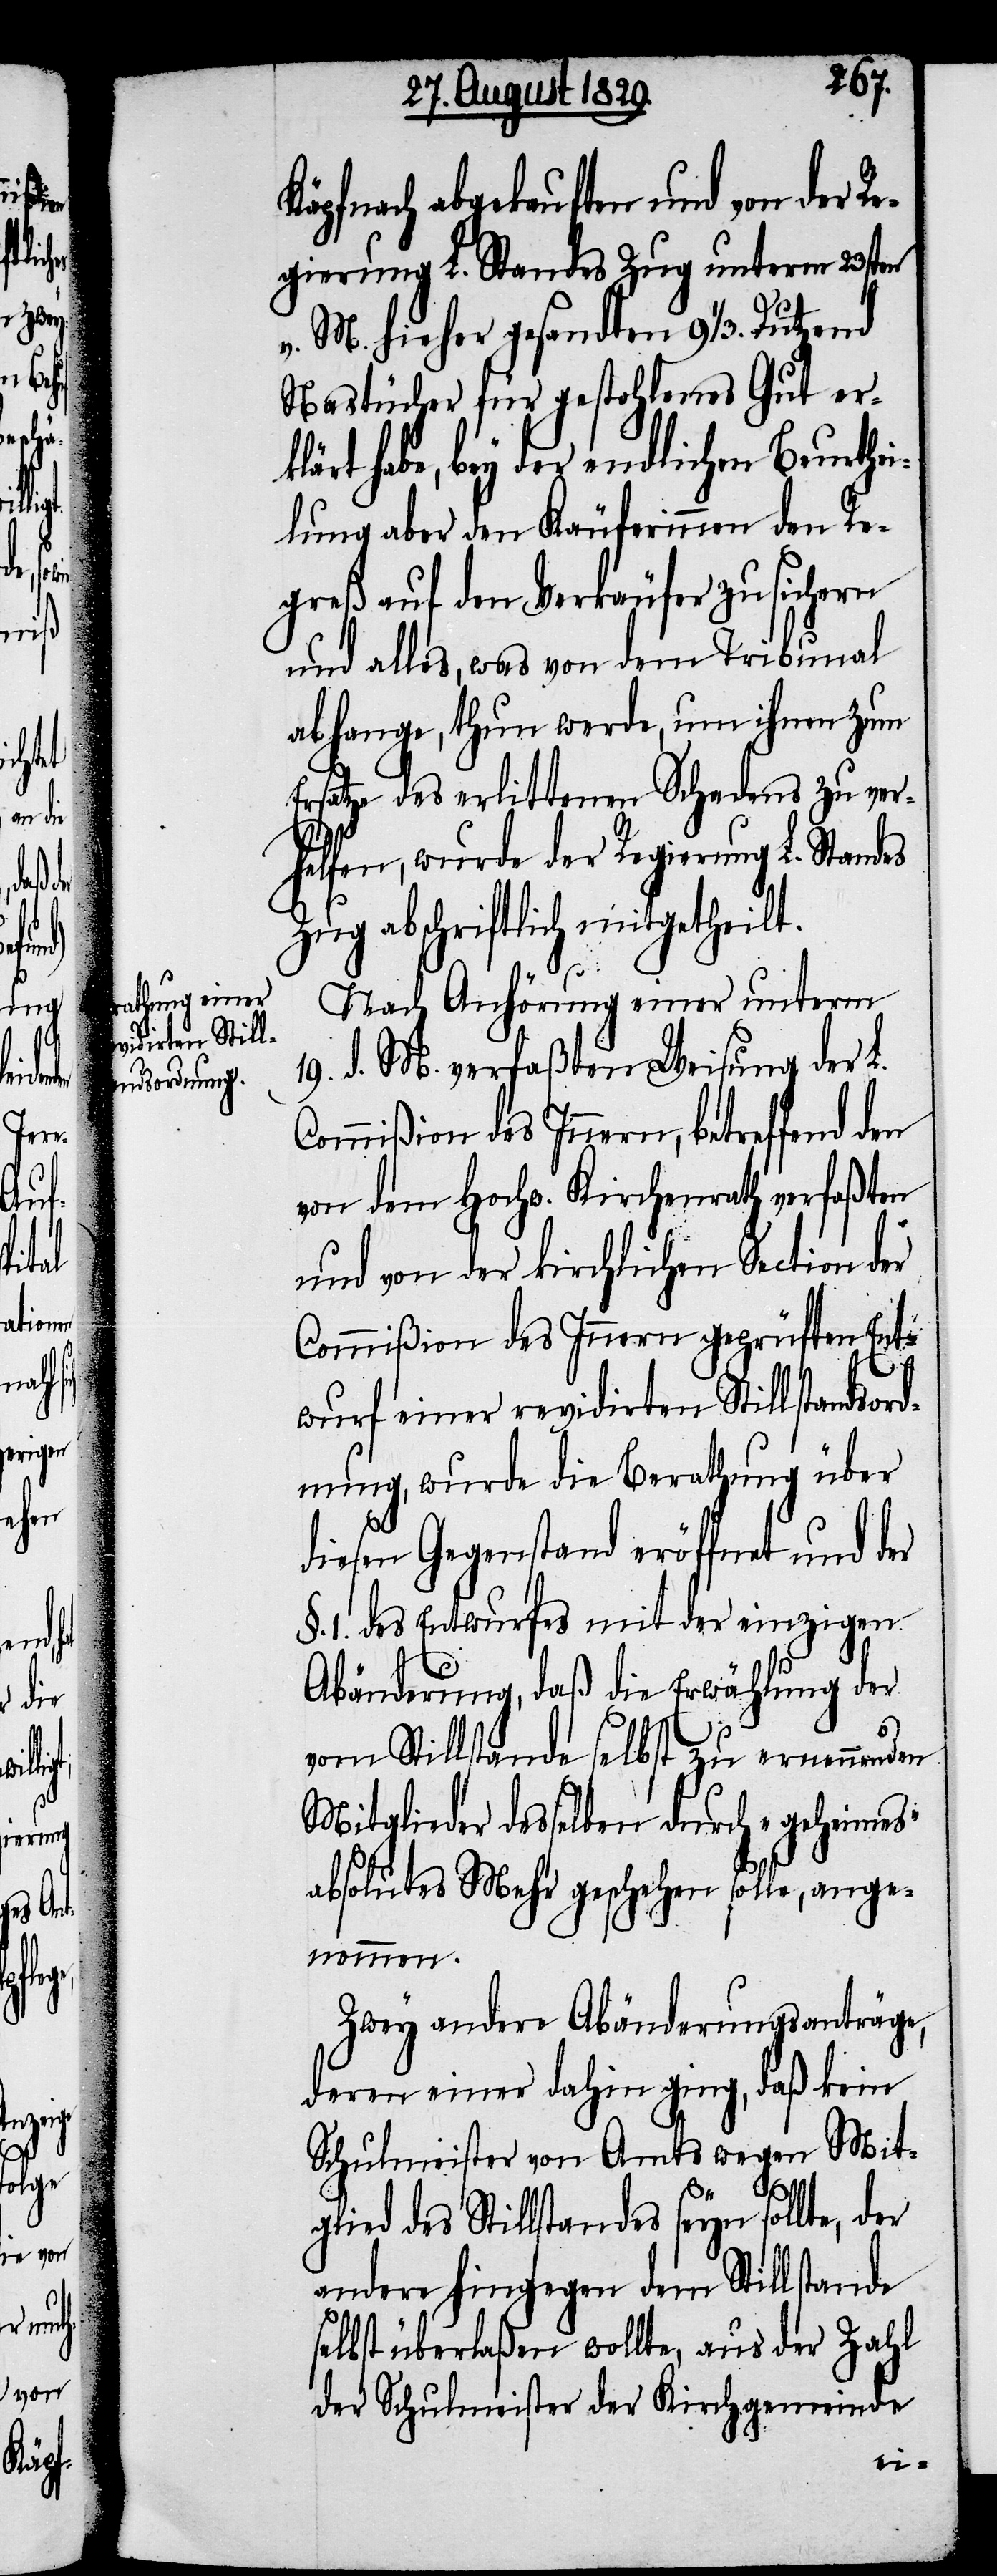
Käpfnach abgekauften und von der Re¬
gierung L. Standes Zug unterm 23sten
v. M. hieher gesandten 9 ⅓. Dutzend
Nastücher für gestohlenes Gut erk¬
lärt habe, bey der endlichen Beurthei¬
lung aber den Käuferinnen den Re¬
greß auf den Verkäufer zu sichern
und alles, was von dem Tribunal
abhange, thun werde, um ihnen zum
Ersatze des erlittenen Schadens zu ver¬
helfen, wurde der Regierung L. Standes
Zug abschriftlich mitgetheilt.
Nach Anhörung einer unterm
19. d. M. verfaßten Weisung der L.
Commißion des Innern, betreffend den
von dem Hochw. Kirchenrath verfaßten
und von der kirchlichen Section der
Commißion des Innern geprüften Ent¬
wurf einer revidirten Stillstandsord¬
nung, wurde die Berathung über
diesen Gegenstand eröffnet und der
§. 1. des Entwurfes mit der einzigen
Abänderung, daß die Erwählung der
vom Stillstande selbst zu ernennenden
Mitglieder desselben durch „geheimes“
absolutes Mehr geschehen solle, ange¬
nommen.
Zwey andere Abänderungsanträge,
deren einer dahin ging, daß kein
Schulmeister von Amts wegen Mit¬
glied des Stillstandes seyn sollte, der
andere hingegen dem Stillstande
selbst überlaßen wollte, aus der Zahl
der Schulmeister der Kirchgemeinde